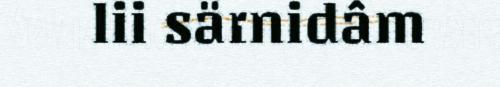
lii särnidâm